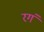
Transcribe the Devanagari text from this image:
रगं